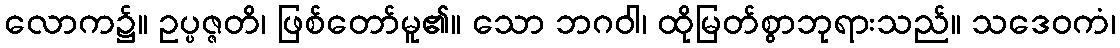
လောက၌။ ဥပ္ပဇ္ဇတိ၊ ဖြစ်တော်မူ၏။ သော ဘဂဝါ၊ ထိုမြတ်စွာဘုရားသည်။ သဒေဝကံ၊